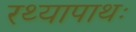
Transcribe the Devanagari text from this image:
रथ्यापाथः